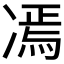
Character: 𱐋